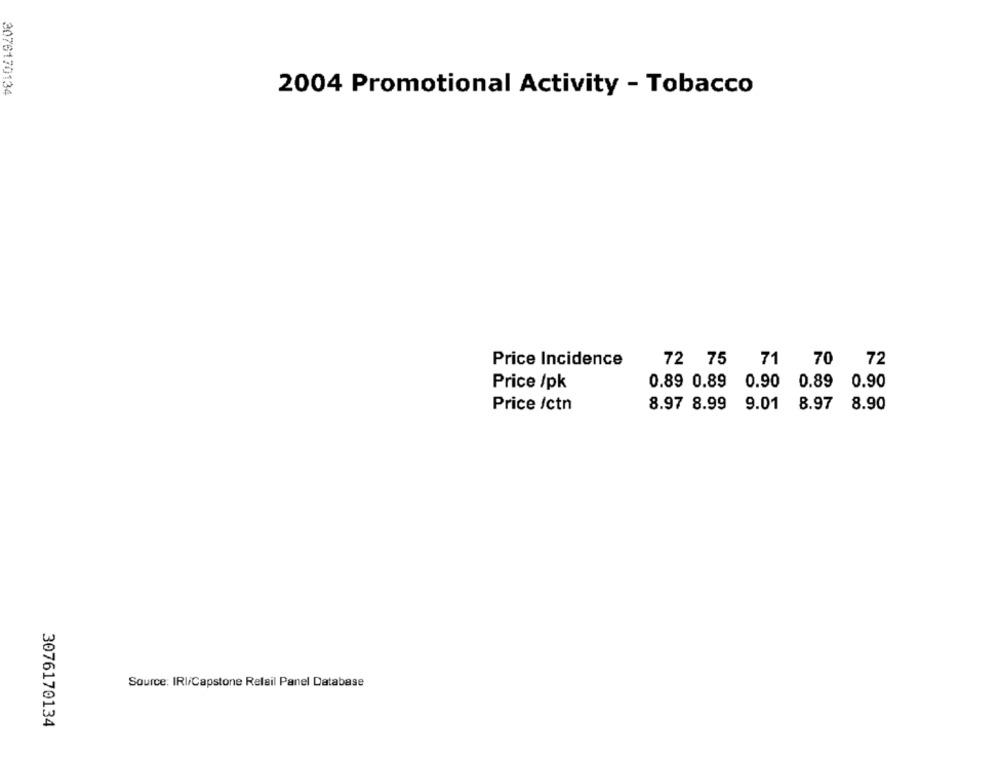
3076170134
2004 Promotional Activity - Tobacco
Price Incidence
72 75 71
70
72
Price /pk
0.89 0.89 0.90
0.89 0.90
Price /ctn
8.97 8.99 9.01
8.97 8.90
Source: IRI/Capstone Relail Panel Database
3076170134